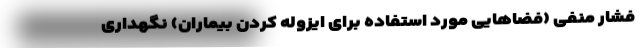
فشار منفی (فضاهایی مورد استفاده برای ایزوله کردن بیماران) نگهداری